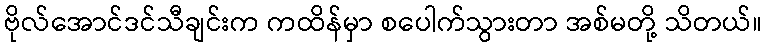
ဗိုလ်အောင်ဒင်သီချင်းက ကထိန်မှာ စပေါက်သွားတာ အစ်မတို့ သိတယ်။